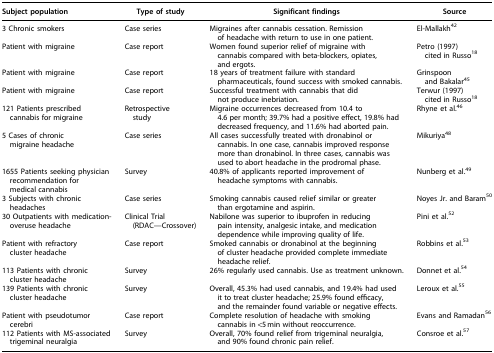
<table><thead><tr><td><b>Subject population</b></td><td><b>Type of study</b></td><td><b>Significant findings</b></td><td><b>Source</b></td></tr></thead><tbody><tr><td>3 Chronic smokers</td><td>Case series</td><td>Migraines after cannabis cessation. Remission of headache with return to use in one patient.</td><td>El-Mallakh<sup>42</sup></td></tr><tr><td>Patient with migraine</td><td>Case report</td><td>Women found superior relief of migraine with cannabis compared with beta-blockers, opiates, and ergots.</td><td>Petro (1997) cited in Russo<sup>18</sup></td></tr><tr><td>Patient with migraine</td><td>Case report</td><td>18 years of treatment failure with standard pharmaceuticals, found success with smoked cannabis.</td><td>Grinspoon and Bakalar<sup>45</sup></td></tr><tr><td>Patient with migraine</td><td>Case report</td><td>Successful treatment with cannabis that did not produce inebriation.</td><td>Terwur (1997) cited in Russo<sup>18</sup></td></tr><tr><td>121 Patients prescribed cannabis for migraine</td><td>Retrospective study</td><td>Migraine occurrences decreased from 10.4 to 4.6 per month; 39.7% had a positive effect, 19.8% had decreased frequency, and 11.6% had aborted pain.</td><td>Rhyne et al.<sup>46</sup></td></tr><tr><td>5 Cases of chronic migraine headache</td><td>Case series</td><td>All cases successfully treated with dronabinol or cannabis. In one case, cannabis improved response more than dronabinol. In three cases, cannabis was used to abort headache in the prodromal phase.</td><td>Mikuriya<sup>48</sup></td></tr><tr><td>1655 Patients seeking physician recommendation for medical cannabis</td><td>Survey</td><td>40.8% of applicants reported improvement of headache symptoms with cannabis.</td><td>Nunberg et al.<sup>49</sup></td></tr><tr><td>3 Subjects with chronic headaches</td><td>Case series</td><td>Smoking cannabis caused relief similar or greater than ergotamine and aspirin.</td><td>Noyes Jr. and Baram<sup>50</sup></td></tr><tr><td>30 Outpatients with medication-overuse headache</td><td>Clinical Trial (RDAC—Crossover)</td><td>Nabilone was superior to ibuprofen in reducing pain intensity, analgesic intake, and medication dependence while improving quality of life.</td><td>Pini et al.<sup>52</sup></td></tr><tr><td>Patient with refractory cluster headache</td><td>Case report</td><td>Smoked cannabis or dronabinol at the beginning of cluster headache provided complete immediate headache relief.</td><td>Robbins et al.<sup>53</sup></td></tr><tr><td>113 Patients with chronic cluster headache</td><td>Survey</td><td>26% regularly used cannabis. Use as treatment unknown.</td><td>Donnet et al.<sup>54</sup></td></tr><tr><td>139 Patients with chronic cluster headache</td><td>Survey</td><td>Overall, 45.3% had used cannabis, and 19.4% had used it to treat cluster headache; 25.9% found efficacy, and the remainder found variable or negative effects.</td><td>Leroux et al.<sup>55</sup></td></tr><tr><td>Patient with pseudotumor cerebri</td><td>Case report</td><td>Complete resolution of headache with smoking cannabis in &lt;5 min without reoccurrence.</td><td>Evans and Ramadan<sup>56</sup></td></tr><tr><td>112 Patients with MS-associated trigeminal neuralgia</td><td>Survey</td><td>Overall, 70% found relief from trigeminal neuralgia, and 90% found chronic pain relief.</td><td>Consroe et al.<sup>57</sup></td></tr></tbody></table>